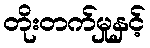
တိုးတက်မှုနှင့်